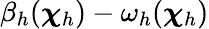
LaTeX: \beta_{h}({\boldsymbol\chi}_{h})-\omega_{h}({\boldsymbol\chi}_{h})